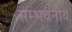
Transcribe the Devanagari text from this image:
सम्भवनीय